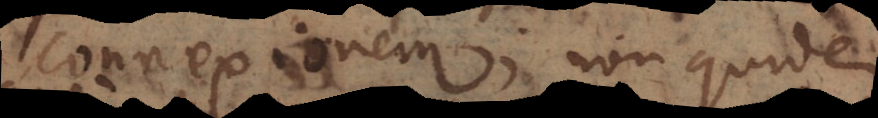
connexionem, non quidem